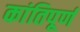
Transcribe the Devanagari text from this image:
कांतिपूर्ण